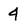
Character: 4